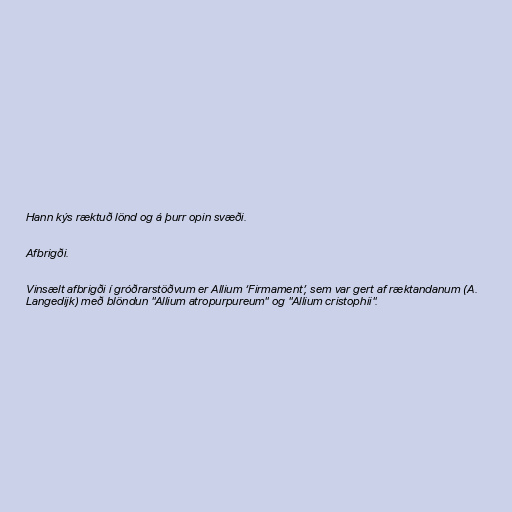
Hann kýs ræktuð lönd og á þurr opin svæði.

Afbrigði.

Vinsælt afbrigði í gróðrarstöðvum er Allium ‘Firmament’, sem var gert af ræktandanum (A.
Langedijk) með blöndun "Allium atropurpureum" og "Allium cristophii".